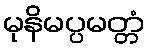
မုနိမပ္ပမတ္တံ